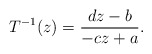
\begin{align*}T^{-1}(z) = \frac{dz-b}{-cz +a}. \end{align*}